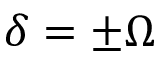
\delta = \pm \Omega